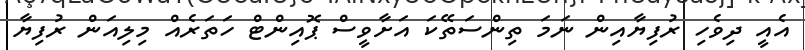
އެއީ ދިވެހި ރުފިޔާއިން ނަމަ ތިންސަތޭކަ އަށާވީސް ޕޮއިންޓް ހަތަރެއް މިލިއަން ރުފިޔާ